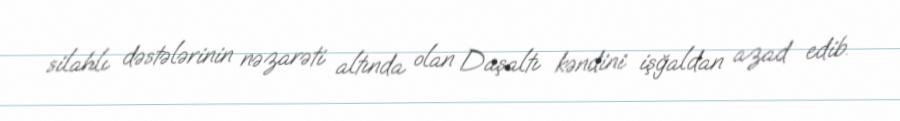
silahlı dəstələrinin nəzarəti altında olan Daşaltı kəndini işğaldan azad edib.